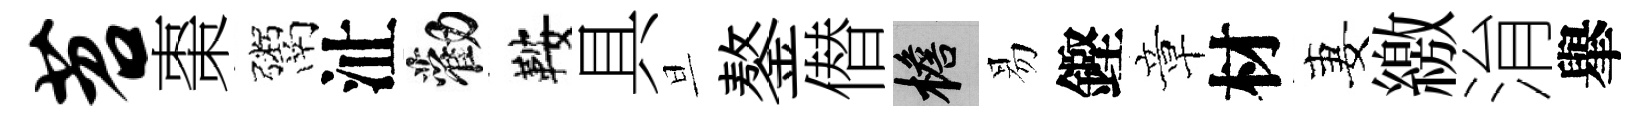
苕棗鬻沚勸鞍具旦鏊僣檐易鏗章材妻繳㳙𦦙